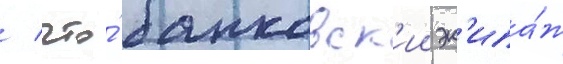
/ что́ банковск'ии эк'ипа́ж